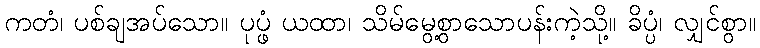
ကတံ၊ ပစ်ချအပ်သော။ ပုပ္ဖံ ယထာ၊ သိမ်မွေ့စွာသောပန်းကဲ့သို့။ ခိပ္ပံ၊ လျှင်စွာ။